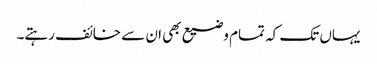
یہاں تک کہ تمام وضیع بھی ان سے خائف رہتے۔